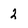
Character: 2